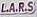
L.A.R.S